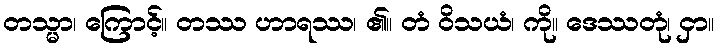
တသ္မာ၊ ကြောင့်။ တဿ ဟာရဿ၊ ၏။ တံ ဝိသယံ၊ ကို။ ဒေဿတုံ၊ ငှာ။